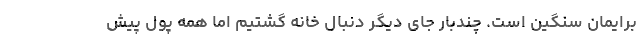
برایمان سنگین است. چندبار جای دیگر دنبال خانه گشتیم اما همه پول پیش